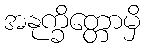
အနုက္ခိတ္တောမှိ